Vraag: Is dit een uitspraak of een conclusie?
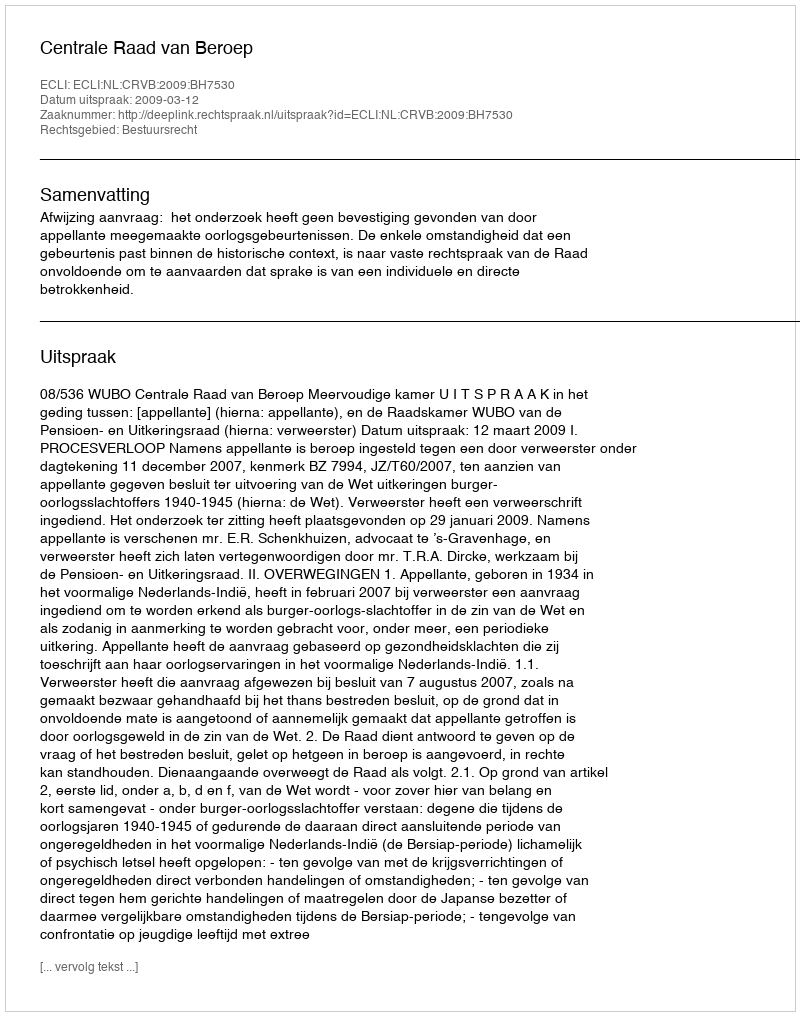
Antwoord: Uitspraak